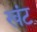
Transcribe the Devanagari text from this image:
खंट